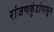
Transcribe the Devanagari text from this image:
रांजणकुंडांपासून